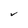
Character: V